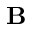
\mathbf { B }